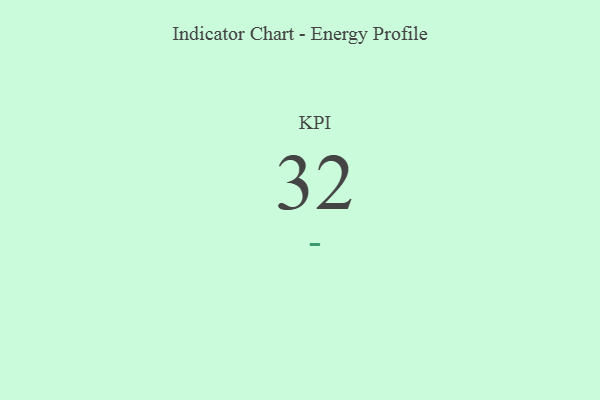
{"axis": {"x": "KPI", "y": "Value"}, "legend": [""], "data": [{"x": "KPI", "y": 32, "type": ""}]}